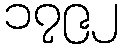
၁၇၉၂